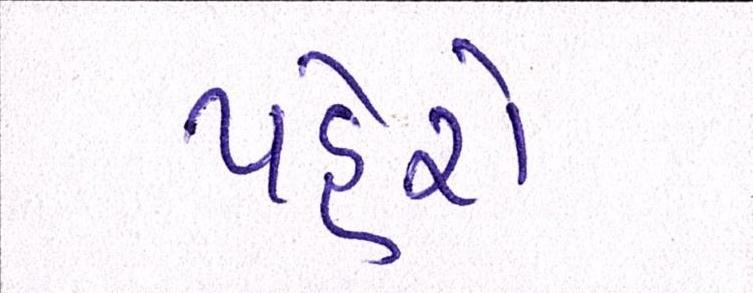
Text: પહેરો